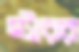
স্টারর